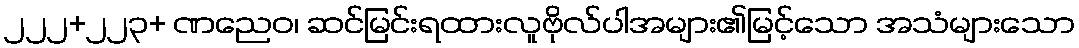
၂၂၂+၂၂၃+ ဏညေဝ၊ ဆင်မြင်းရထားလူဗိုလ်ပါအများ၏မြင့်သော အသံများသော